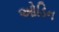
ઓડિન